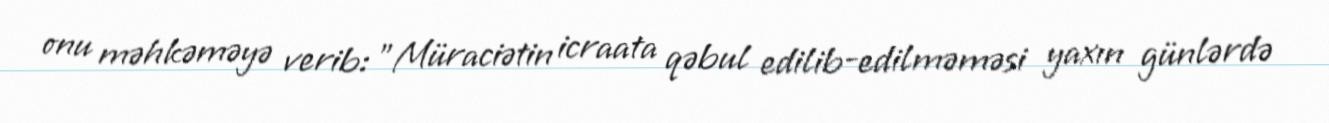
onu məhkəməyə verib: "Müraciətin icraata qəbul edilib-edilməməsi yaxın günlərdə